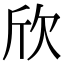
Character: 欣